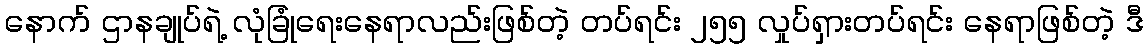
နောက် ဌာနချုပ်ရဲ့ လုံခြုံရေးနေရာလည်းဖြစ်တဲ့ တပ်ရင်း ၂၅၅ လှုပ်ရှားတပ်ရင်း နေရာဖြစ်တဲ့ ဒီ